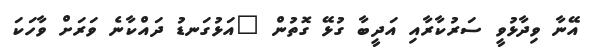
އޭނާ ވިދާޅުވީ ސަރުކާރާއި އަދީބާ ގުޅޭ ގޮތުން "އަޅުގަނޑު ދައްކާނެ ވަރަށް ވާހަކަ